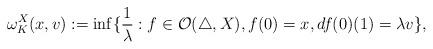
LaTeX: \begin{align*}\omega^X_K(x,v):=\inf\{\frac{1}{\lambda}:f\in\mathcal O(\triangle,X), f(0)=x, df(0)(1)=\lambda v\}, \end{align*}